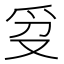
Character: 𬋥